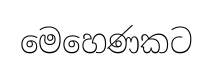
මෙහෙණකට